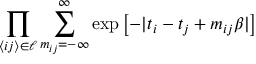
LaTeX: \prod _ { \langle i j \rangle \in \ell } \sum _ { m _ { i j } = - \infty } ^ { \infty } \exp \left[ - | t _ { i } - t _ { j } + m _ { i j } \beta | \right]